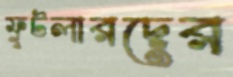
ফুটলারদের